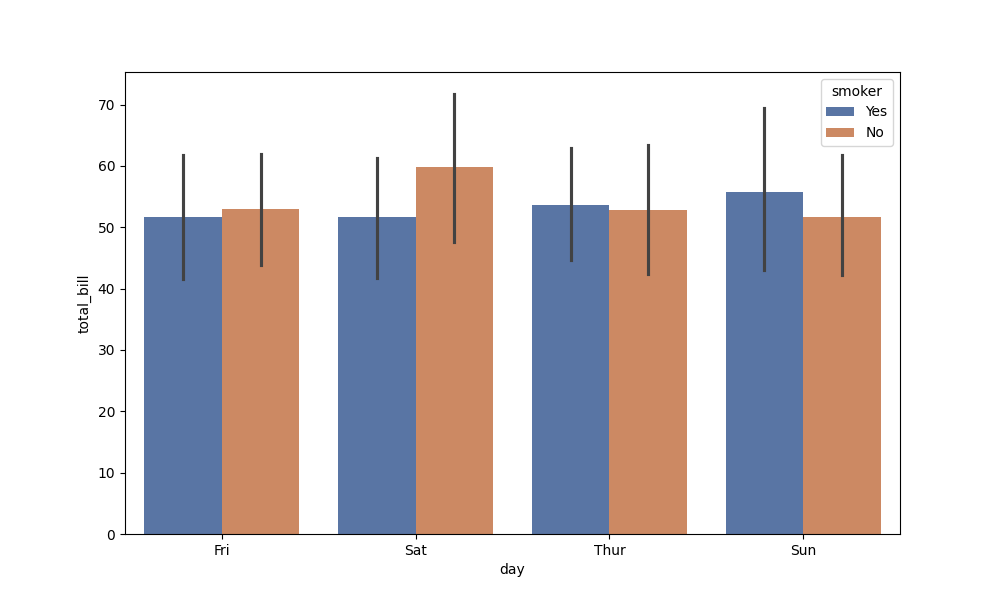
python, seaborn, barplot, hue='smoker', palette='deep', ci=95, orient='v'